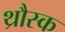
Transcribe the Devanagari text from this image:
थ्रौस्क